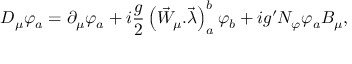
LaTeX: { \cal D } _ { \mu } \varphi _ { a } = \partial _ { \mu } \varphi _ { a } + i \frac { g } { 2 } \left( \vec { W } _ { \mu } . \vec { \lambda } \right) _ { a } ^ { b } \varphi _ { b } + i g ^ { \prime } N _ { \varphi } \varphi _ { a } B _ { \mu } ,